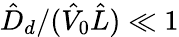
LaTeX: \hat{D}_{d}/(\hat{V}_{0}\hat{L})\ll 1